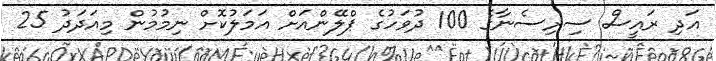
އަދި ރައީސް ސިރިސެނާގެ 100 ދުވަހުގެ ޕްލޭންއަށް އަމަލުކޮށް ނިމުމުން މިއަދަދު 25